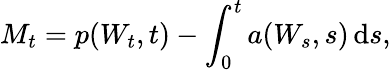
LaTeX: M_{t}=p(W_{t},t)-\int_{0}^{t}a(W_{s},s)\, \mathrm{d}s,